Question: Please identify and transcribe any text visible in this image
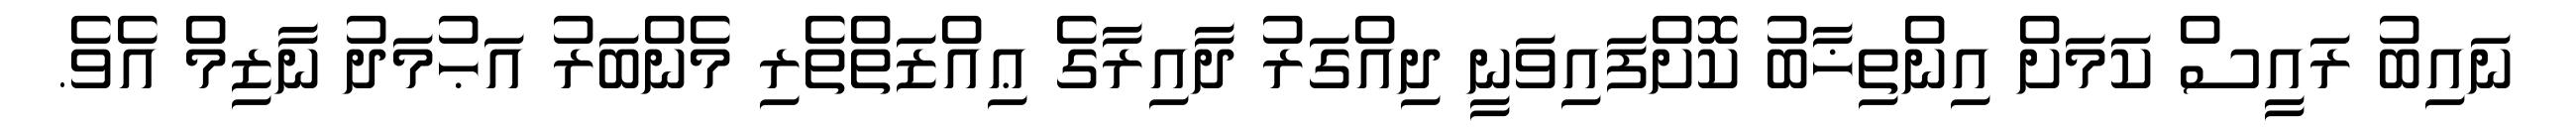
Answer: ނައިބު ރައީސް ކަމަށް އިންތިޚާބު ކޮށްފައިވަނީ ދިއްގަރު ދާއިރާގެ ޢިއްޒަތްތެރި މެންބަރު އަޙުމަދު ނާޒިމް އެވެ.